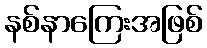
နစ်နာကြေးအဖြစ်